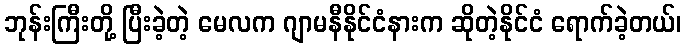
ဘုန်းကြီးတို့ ပြီးခဲ့တဲ့ မေလက ဂျာမနီနိုင်ငံနားက ဆိုတဲ့နိုင်ငံ ရောက်ခဲ့တယ်၊